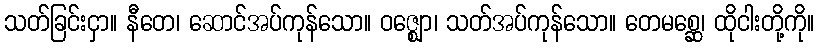
သတ်ခြင်းငှာ။ နီတေ၊ ဆောင်အပ်ကုန်သော။ ဝဇ္ဈော၊ သတ်အပ်ကုန်သော။ တေမစ္ဆေ၊ ထိုငါးတို့ကို။